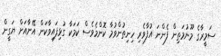
ސަމީރާގެ މޫނުމަތިން ފެންނަ އުފާވެރި ހިނިތުންވުމާ ކޮންމެވެސް ކަމަކާ ގުޅިފައިވާކަން އޭނާއަށް ޔަގީން